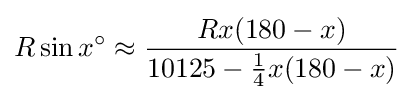
R\sin x^{\circ }\approx {\frac {Rx(180-x)}{10125-{\frac {1}{4}}x(180-x)}}